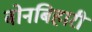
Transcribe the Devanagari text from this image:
बोनबिहारी